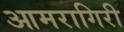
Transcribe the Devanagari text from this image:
आमरागिरी